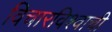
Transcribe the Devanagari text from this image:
विचारविश्वाची